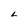
Character: L